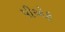
પીએફ